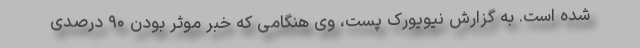
شده است. به گزارش نیویورک پست، وی هنگامی که خبر موثر بودن ۹۰ درصدی